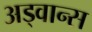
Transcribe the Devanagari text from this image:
अड्वान्स